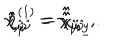
LaTeX: \hat { \chi } _ { \hat { \mu } \hat { \nu } } = \hat { \hat { \chi } } _ { \hat { \mu } \hat { \nu } } \, , \hspace { 1 c m } \hat { \eta } _ { \hat { \mu } } ^ { ( 1 ) } = \hat { \hat { \chi } } _ { \hat { \mu } \underline { { { y } } } } \, .